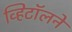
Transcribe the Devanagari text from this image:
व्हिटॉलने